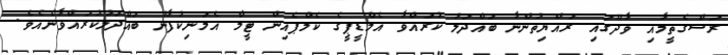
ރަސްގެތީމާއި ވާދޫގައި ރައްޔިތުންނާ ބައްދަލު ކުރައްވާ އެމްޑީޕީގެ ކެމްޕެއިން ޓީމާ އެމަނިކުފާނު ބައްދަލުކުރައްވާނެއެވެ.